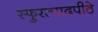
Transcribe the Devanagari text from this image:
स्फुरत्पादपीठे